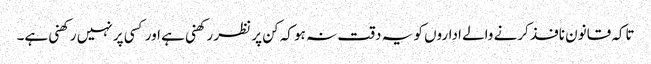
تاکہ قانون نافذ کرنے والے اداروں کو یہ دقت نہ ہو کہ کن پر نظر رکھنی ہے اور کسی پر نہیں رکھنی ہے۔